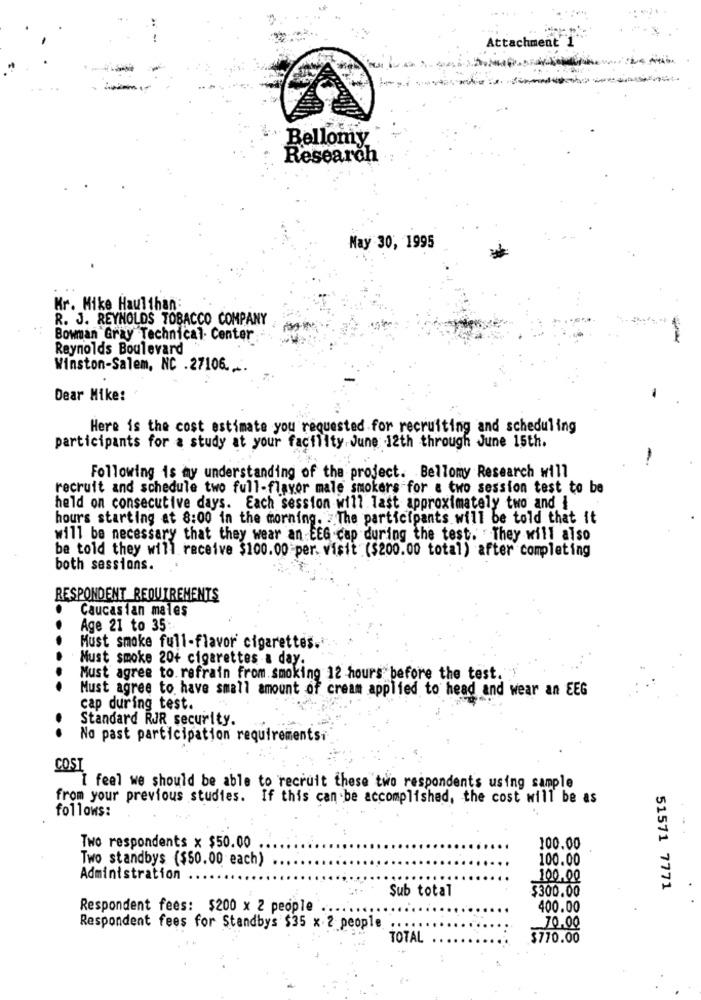
Attachment 1
Bellomy
Research
May 30, 1995
Kr. Mike Haulthan:
R. J. REYNOLDS TOBACCO COMPANY
Bowman Gray Technical Center
Reynolds Boulevard
Winston-Salem, NC .27106. ..
Dear Mike:
Here is the cost estimate you requested for recruiting and scheduling
participants for a study at your facility.June 12th through June 15th.
Following is my understanding of the project. Bellomy Research will
recruit and schedule two full-flavor male smokers for a two session test to be
held on consecutive days. Each session will Tast approximately two and i
hours starting at 8:00 in the morning. The participants will be told that it
will be necessary that they wear an EEG cap during the test. They will also
be told they will receive $100.00 per. visit ($200.00 total) after completing
both sessions.
RESPONDENT REQUIREMENTS
Caucasian males
Age 21 to 35:
Must smoke full-flavor cigarettes.
Must smoke 20+ cigarettes a day.
Must agree to. refrain from smoking 12 hours before the test. y
Must agree to have small amount of cream applied to head and wear an EEG
cap during test.
Standard RJR security.
No past participation requirementsi
COST
I feel we should be able to recruit these two respondents using sample
from your previous studies. If this can be accomplished, the cost will be as
follows:
Two respondents x $50.00
100.00
Two standbys ($50.00 each)
100.00
Administration
100.00
Sub total
$300.00
51571 7771
Respondent fees: $200 x 2 people
400.00
Respondent fees for Standbys $35 x 2 people
70.00
TOTAL
$770.00